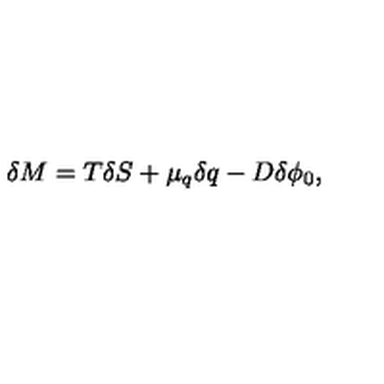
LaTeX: \delta M = T \delta S + \mu _ { q } \delta q - D \delta \phi _ { 0 } ,